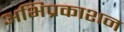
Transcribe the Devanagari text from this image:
अभिप्रकाशन